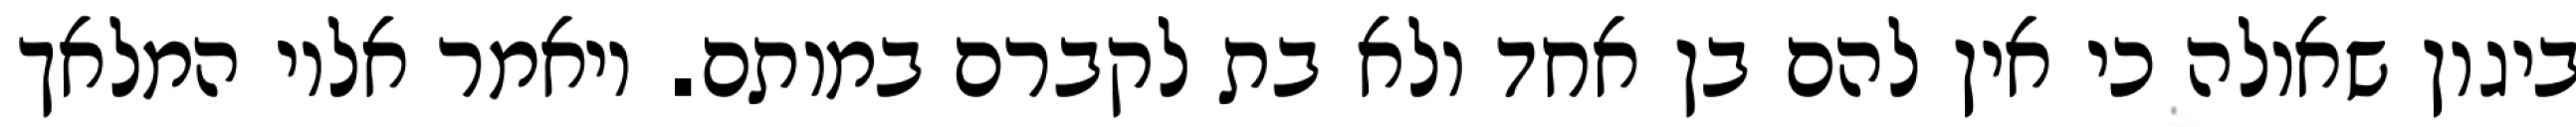
ביגון שאולה כי אין להם בן אחד ולא בת לקברם במותם. ויאמר אליו המלאך